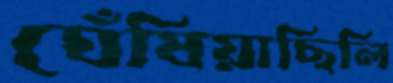
ঘেঁষিয়াছিলি